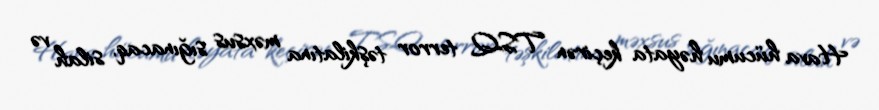
Hava hücumu həyata keçirən TSQ terror təşkilatına məxsus sığınacaq, silah və